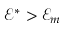
\mathcal { E } ^ { * } > \mathcal { E } _ { m }